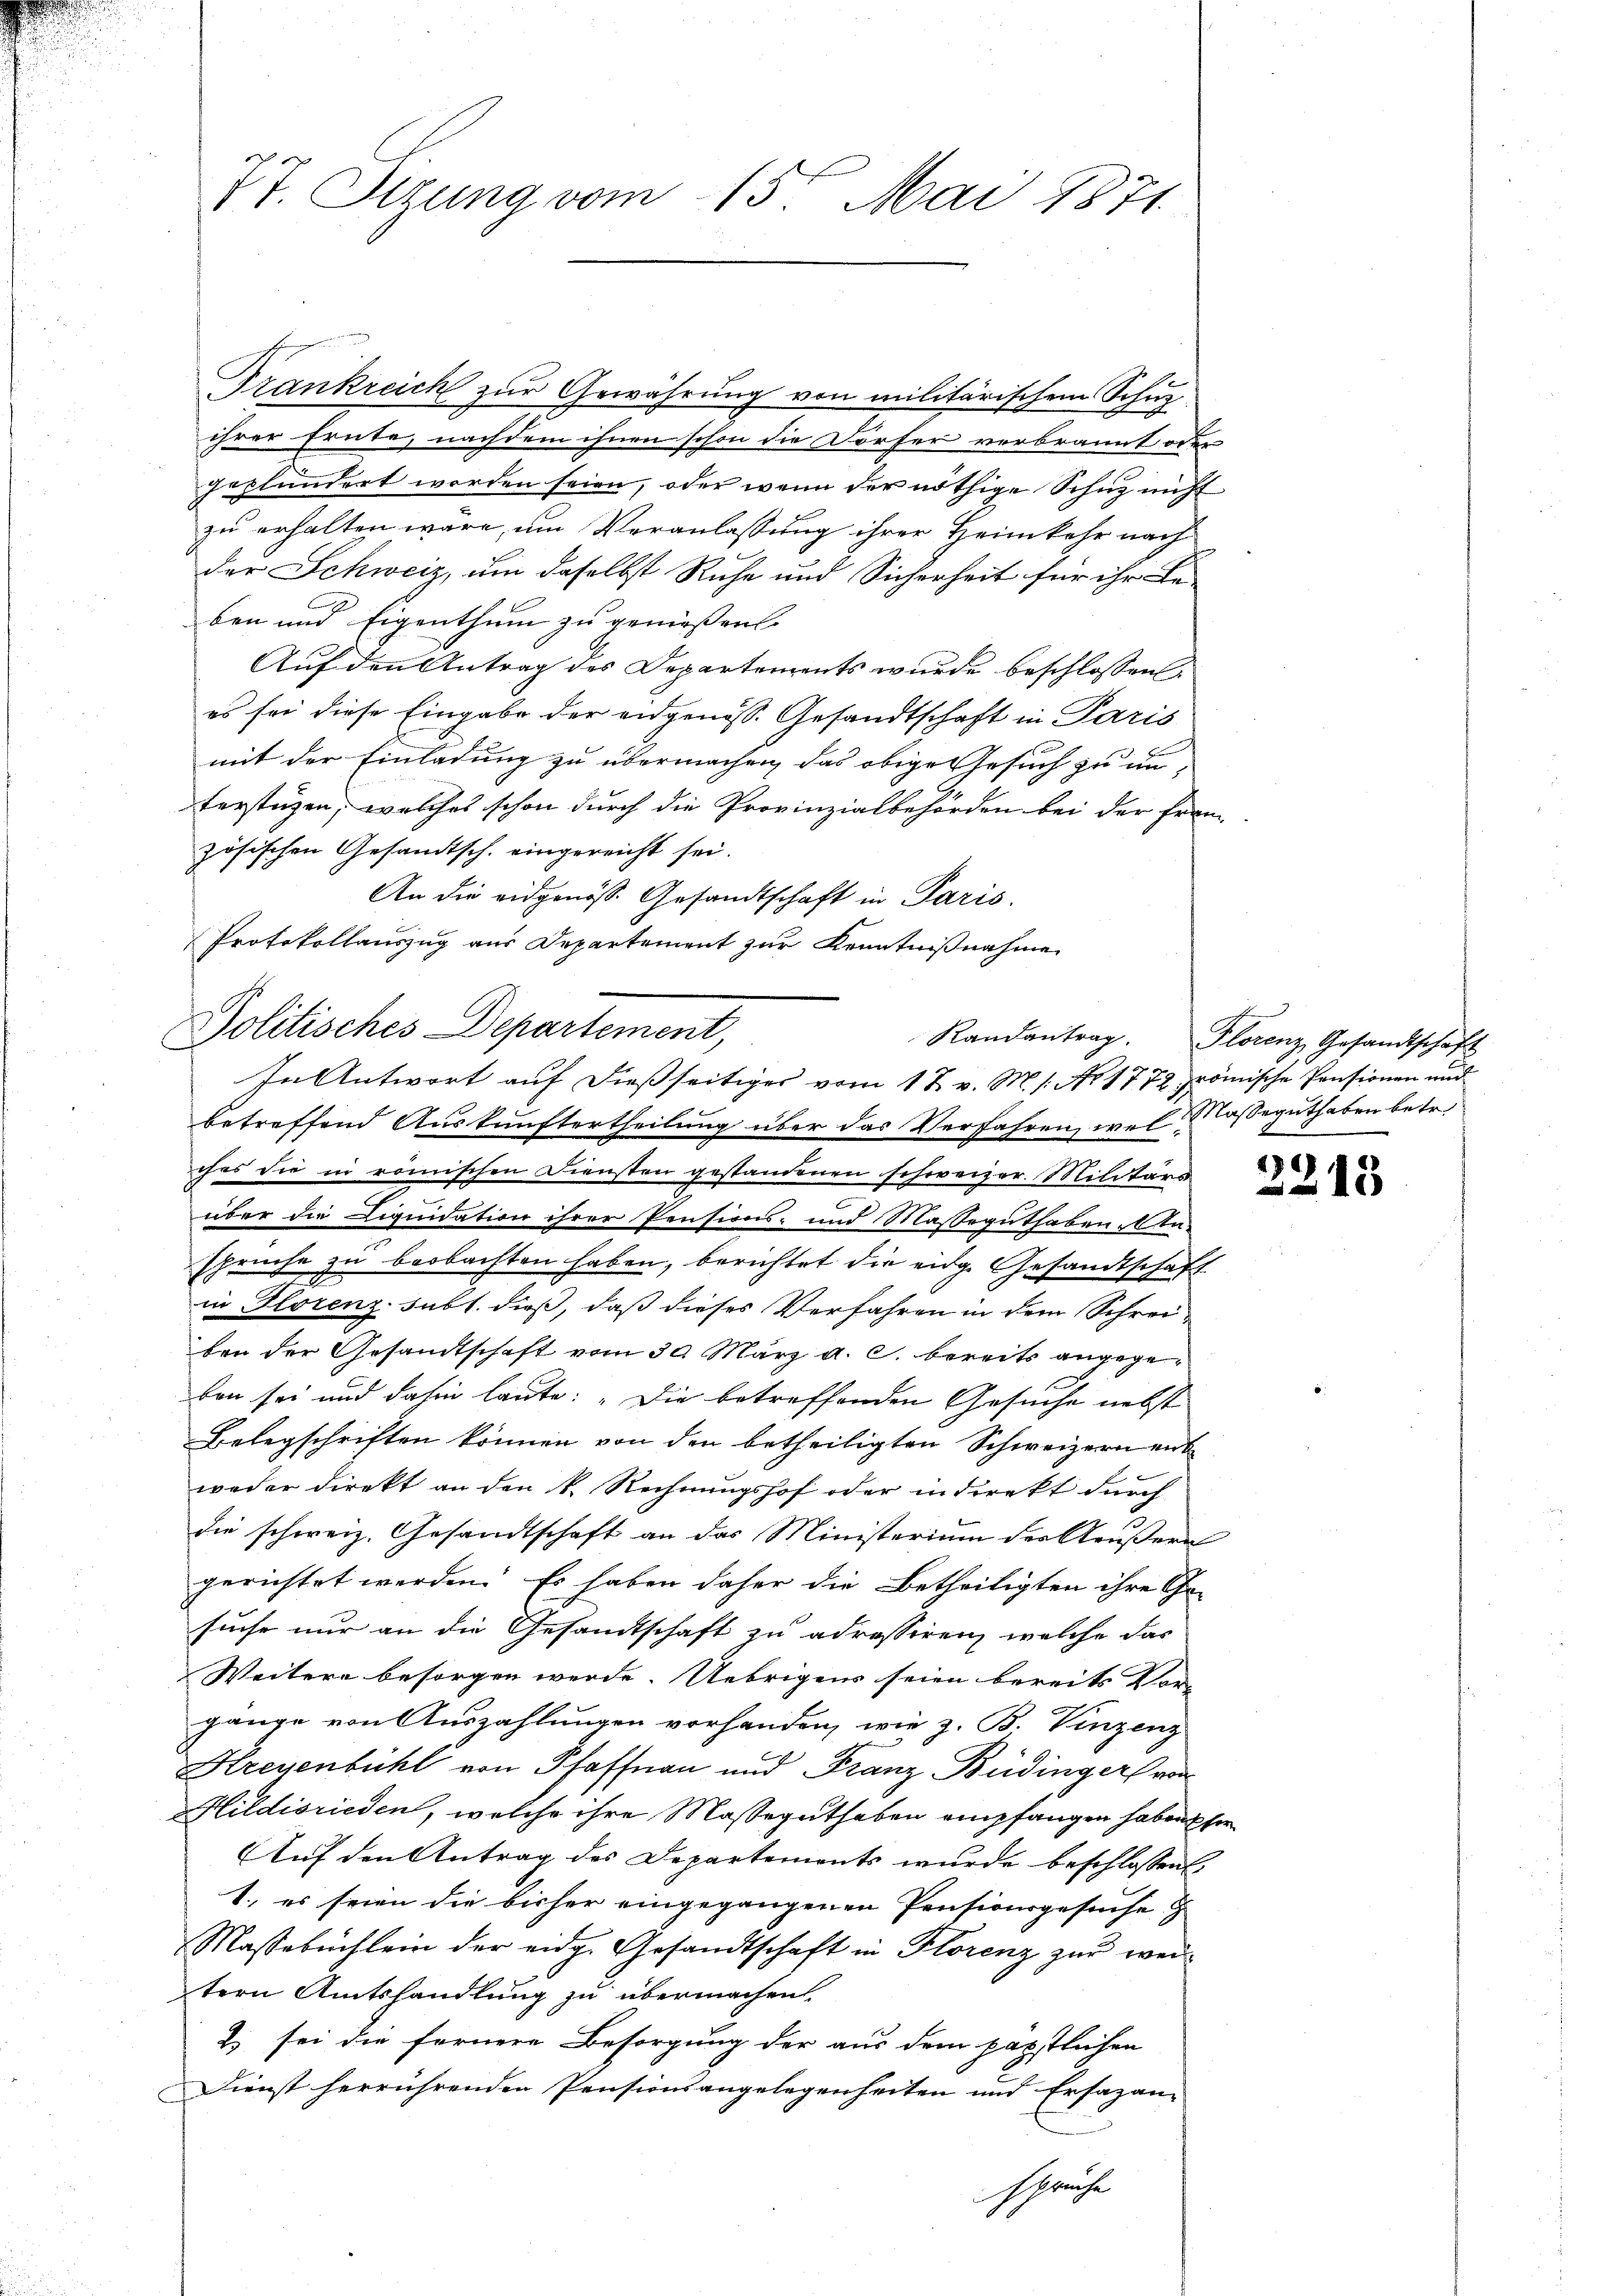
Tt. Stzung vom 15ten Mai 1871.

ihrer Ernte, nachdem ihnen schon die Dörfer verbrannt, oder
geplündert worden seien, oder wenn der nöthige Schuz nicht
zu erhalten wäre, um Veranlassung ihrer Heimkehr nach
der Schweiz, um daselbst Ruhe und Sicherheit für ihr Be-
ben und Eigenthum zu geniessen. |
Auf den Antrag des Departements wurde beschlossen
es sei diese Eingabe der eidgenöss. Gesandtschaft in Paris
mit der Einladung zu übermachen, das obige Gesuch zu un-
terstützen, welches schon durch die Provinzialbehörden bei der Fran-
zösischen Gesandtsch. eingereicht sei.
An die eidgenöss. Gesandtschaft in Paris.
Protokollauszug aus Departement zur Kenntnißnahme

Frankreich zur Gewährung von militärischem Schup

Politisches Departement,
In Antwort auf dießseitiges vom 18. v. M. 1. No 1772 römische Pensionen und

betreffend Auskunftertheilung über das Verfahren, wel Casseguthaben betr.
ches die in römischen Diensten gestandenen schweizer. Militärs
über die Liquidation ihrer Pensions- und Masseguthaben, 1 Ka-
sprüche zu beobachten haben, berichtet die eidg. Gesandtschaft
in Florenz-Subl. dieß, daß dieses Verfahren in dem Schreiben der Gesandtschaft vom 30. März a. c. bereits angegeben sei und dahin laute: „Die betreffenden Gesuche nebst
Belegschriften können von den betheiligten Schweizern entweder direkt an den k. Rechnungshof oder indirekt durch
die schweiz. Gesandtschaft an das Ministerium der Aeußern
gerichtet werden. Es haben daher die Betheiligten ihre Ge-
suche nur an die Gesandtschaft zu adressiren, welche das
Weitere besorgen werde. Uebrigens seien bereits Vor-
gange von Auszahlungen vorhanden, wie z. B. Vinzenz
Kreyenbühl von Pfaffnau und Franz Büdinger von
Hildisrieden, welche ihre Masseguthaben empfangen haben her
Auf den Antrag des Departements wurde beschlossen
1., es seien die bisher eingegangenen Pensionsgesuche
Masebüchlein der eidg. Gesandtschaft in Florenz zur weitern Amtshandlung zu übermachen
2) sei die fernere Besorgung der aus dem päpstlichen
Dienst herrührenden Pensionsangelegenheiten und Ersazanspreche

Randantrag. Florenz Gesandtschaft

2213